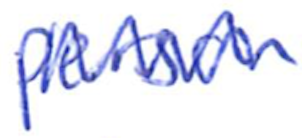
Text: person
Cross-out: zig-zag
Writing tool: ballpoint